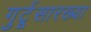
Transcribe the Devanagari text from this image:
गुर्टूसारख्या